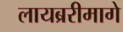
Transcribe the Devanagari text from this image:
लायब्ररीमागे